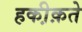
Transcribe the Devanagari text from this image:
हकी़क़ते